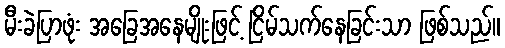
မီးခဲပြာဖုံး အခြေအနေမျိုးဖြင့် ငြိမ်သက်နေခြင်းသာ ဖြစ်သည်။